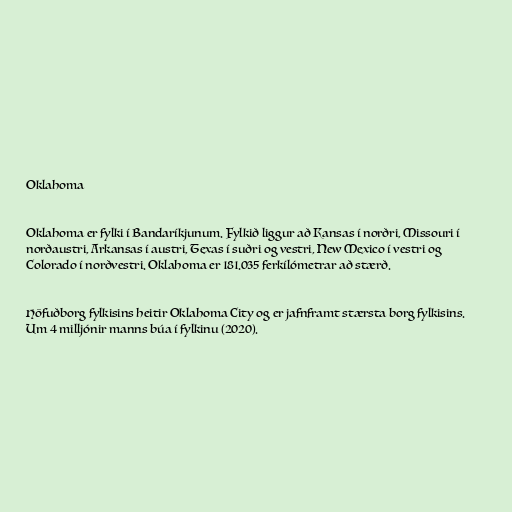
Oklahoma

Oklahoma er fylki í Bandaríkjunum. Fylkið liggur að Kansas í norðri, Missouri í
norðaustri, Arkansas í austri, Texas í suðri og vestri, New Mexico í vestri og
Colorado í norðvestri. Oklahoma er 181.035 ferkílómetrar að stærð.

Höfuðborg fylkisins heitir Oklahoma City og er jafnframt stærsta borg fylkisins.
Um 4 milljónir manns búa í fylkinu (2020).